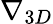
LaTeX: \nabla_{3D}